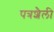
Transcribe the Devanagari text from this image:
पत्रशैली